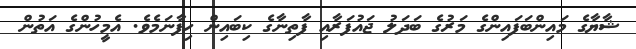
ޝާޔާގެ މައިންބަފައިންގެ މަރުގެ ބަދަލު ޖައުފަރާއި ފާތިނާގެ ކިބައިން ހިފާނަމެވެ. އެމީހުންގެ އަތުން